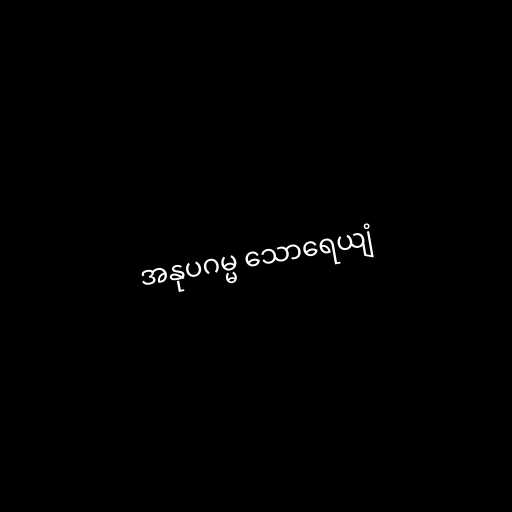
အနုပဂမ္မ သောရေယျံ